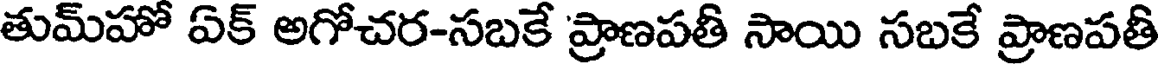
తుమ్హో ఏక్ అగోచర-సబకే 'ప్రాణపతీ సాయి సబకే ప్రాణపతీ